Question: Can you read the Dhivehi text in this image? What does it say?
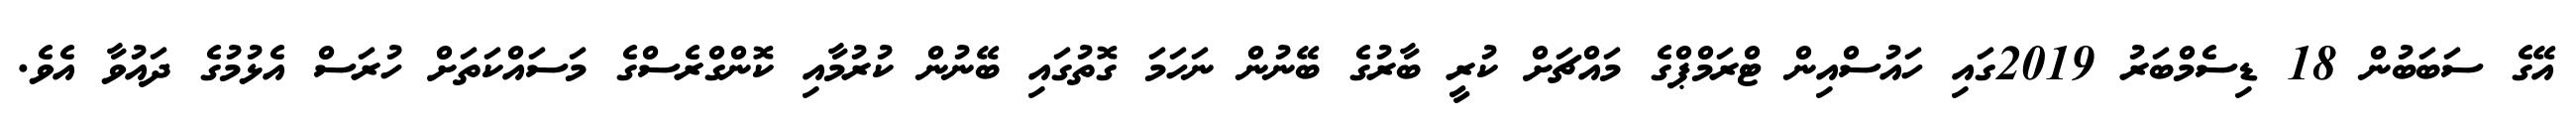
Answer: އޭގެ ސަބަބުން 18 ޑިސެމްބަރު 2019ގައި ހައުސްއިން ޓްރަމްޕްގެ މައްޗަށް ކުރީ ބާރުގެ ބޭނުން ނަހަމަ ގޮތުގައި ބޭނުން ކުރުމާއި ކޮންގްރެސްގެ މަސައްކަތަށް ހުރަސް އެޅުމުގެ ދައުވާ އެވެ.